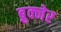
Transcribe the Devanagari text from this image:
ब्रुक्नेर